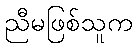
ညီမဖြစ်သူက